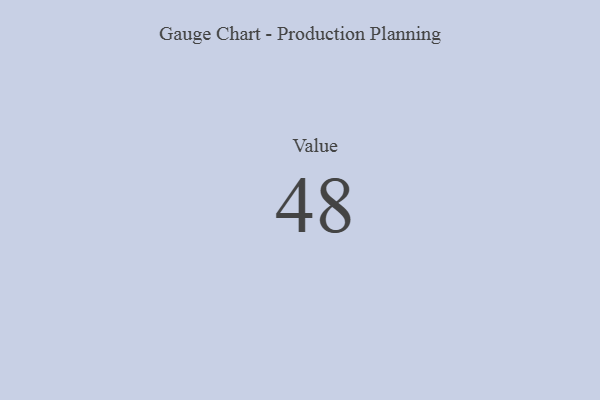
{"axis": {"x": "Metric", "y": "Value"}, "legend": [""], "data": [{"x": "Value", "y": 48, "type": ""}]}